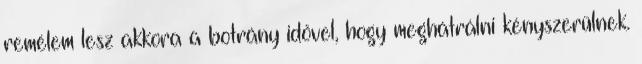
remélem lesz akkora a botrány idővel, hogy meghátrálni kényszerülnek.